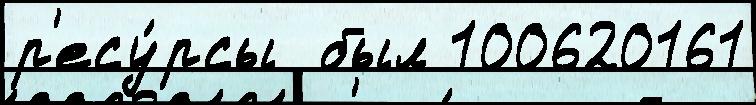
р'есу́рсы  был 100620161